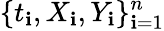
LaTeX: \{ t_{\mathbf{i}},X_{\mathbf{i}},Y_{\mathbf{i}}\} _{\mathbf{i}=1}^{n}